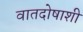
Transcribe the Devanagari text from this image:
वातदोषाशी